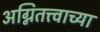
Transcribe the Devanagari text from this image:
अग्नितत्त्वाच्या